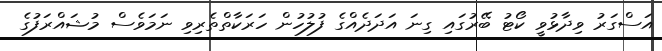
އަސްގަރު ވިދާޅުވީ ކޯޓު ބޭރުގައި ގިނަ އަދަދެއްގެ ފުލުހުން ހަރަކާތްތެރިވި ނަމަވެސް މުޝައްރަފުގެ